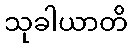
သုခါယာတိ